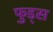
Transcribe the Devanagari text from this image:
फुड्स